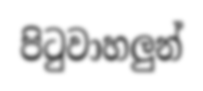
පිටුවාහලුන්